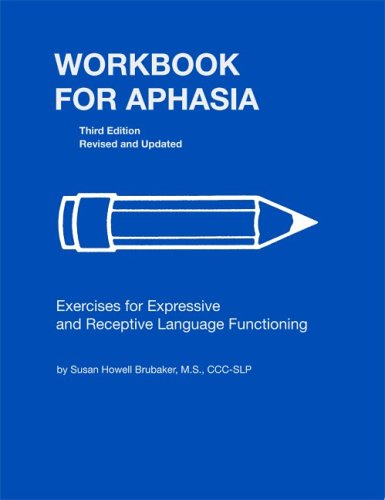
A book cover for Workbook for Aphasia: Exercises for the Development of Higher Level Language Functioning (William Beaumont Hospital Series in Speech and Language Pathology); Susan Howell Brubaker; Medical Books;